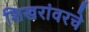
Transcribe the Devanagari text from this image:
शिखरांवरचे